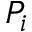
P _ { i }